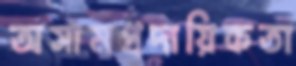
অসামপ্রদায়িকতা